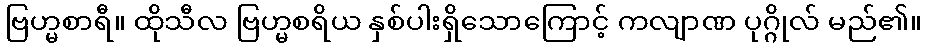
ဗြဟ္မစာရီ။ ထိုသီလ ဗြဟ္မစရိယ နှစ်ပါးရှိသောကြောင့် ကလျာဏ ပုဂ္ဂိုလ် မည်၏။